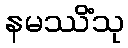
နမဿိံသု